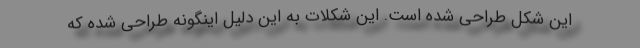
این شکل طراحی شده است. این شکلات به این دلیل اینگونه طراحی شده که